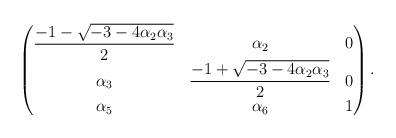
LaTeX: \begin{align*}\begin{pmatrix}\displaystyle\frac{-1 - \sqrt{-3 - 4 \alpha_{2} \alpha_{3}}}{2}&\alpha_2&0\\\alpha_3&\displaystyle\frac{-1 + \displaystyle\sqrt{-3 - 4 \alpha_{2} \alpha_{3}}}{2}&0\\\alpha_5&\alpha_6&1\end{pmatrix}.\end{align*}